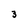
Character: 3